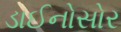
ડાઈનોસોર